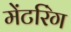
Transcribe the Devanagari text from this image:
मेंटरिंग